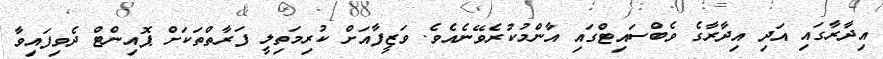
އިދާރާގައި އަދި އިދާރާގެ ވެބްސައިޓްގައި އާންމުކުރެވޭނެއެވެ. ވަޒީފާއަށް ކުރިމަތިލީ ފަރާތްތަކަށް ޕޮއިންޓް ދެވިފައިވާ